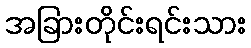
အခြားတိုင်းရင်းသား